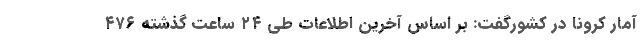
آمار کرونا در کشورگفت: بر اساس آخرین اطلاعات طی ۲۴ ساعت گذشته ۴۷۶